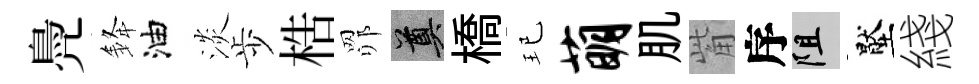
鳧𨦟油淡歩梏𦊑奠橋玘萌肌觜序阻壓綫